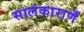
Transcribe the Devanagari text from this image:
सालंकाराणँ